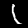
Label: 1